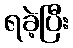
ရခဲ့ပြီး